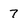
Character: 7